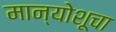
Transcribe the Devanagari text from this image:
मान्योशूचा